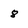
Character: 8